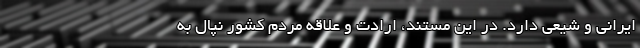
ایرانی و شیعی دارد. در این مستند، ارادت و علاقه مردم کشور نپال به